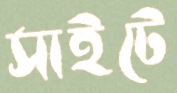
সাইটে